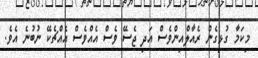
މިކަމާ ގުޅިގެން ރެއާލްއިންވެސް އަދި ޖެސޭ ވެސް އެއްވެސް އެއްޗެކޭ ނުބުނެ އެވެ.